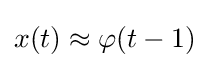
{x}(t)\approx \varphi (t-1)